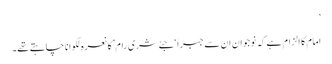
’
امام کا الزام ہے کہ نوجوان ان سے جبراً ‘جئے شری رام’کا نعرہ لگوانا چاہتے تھے۔